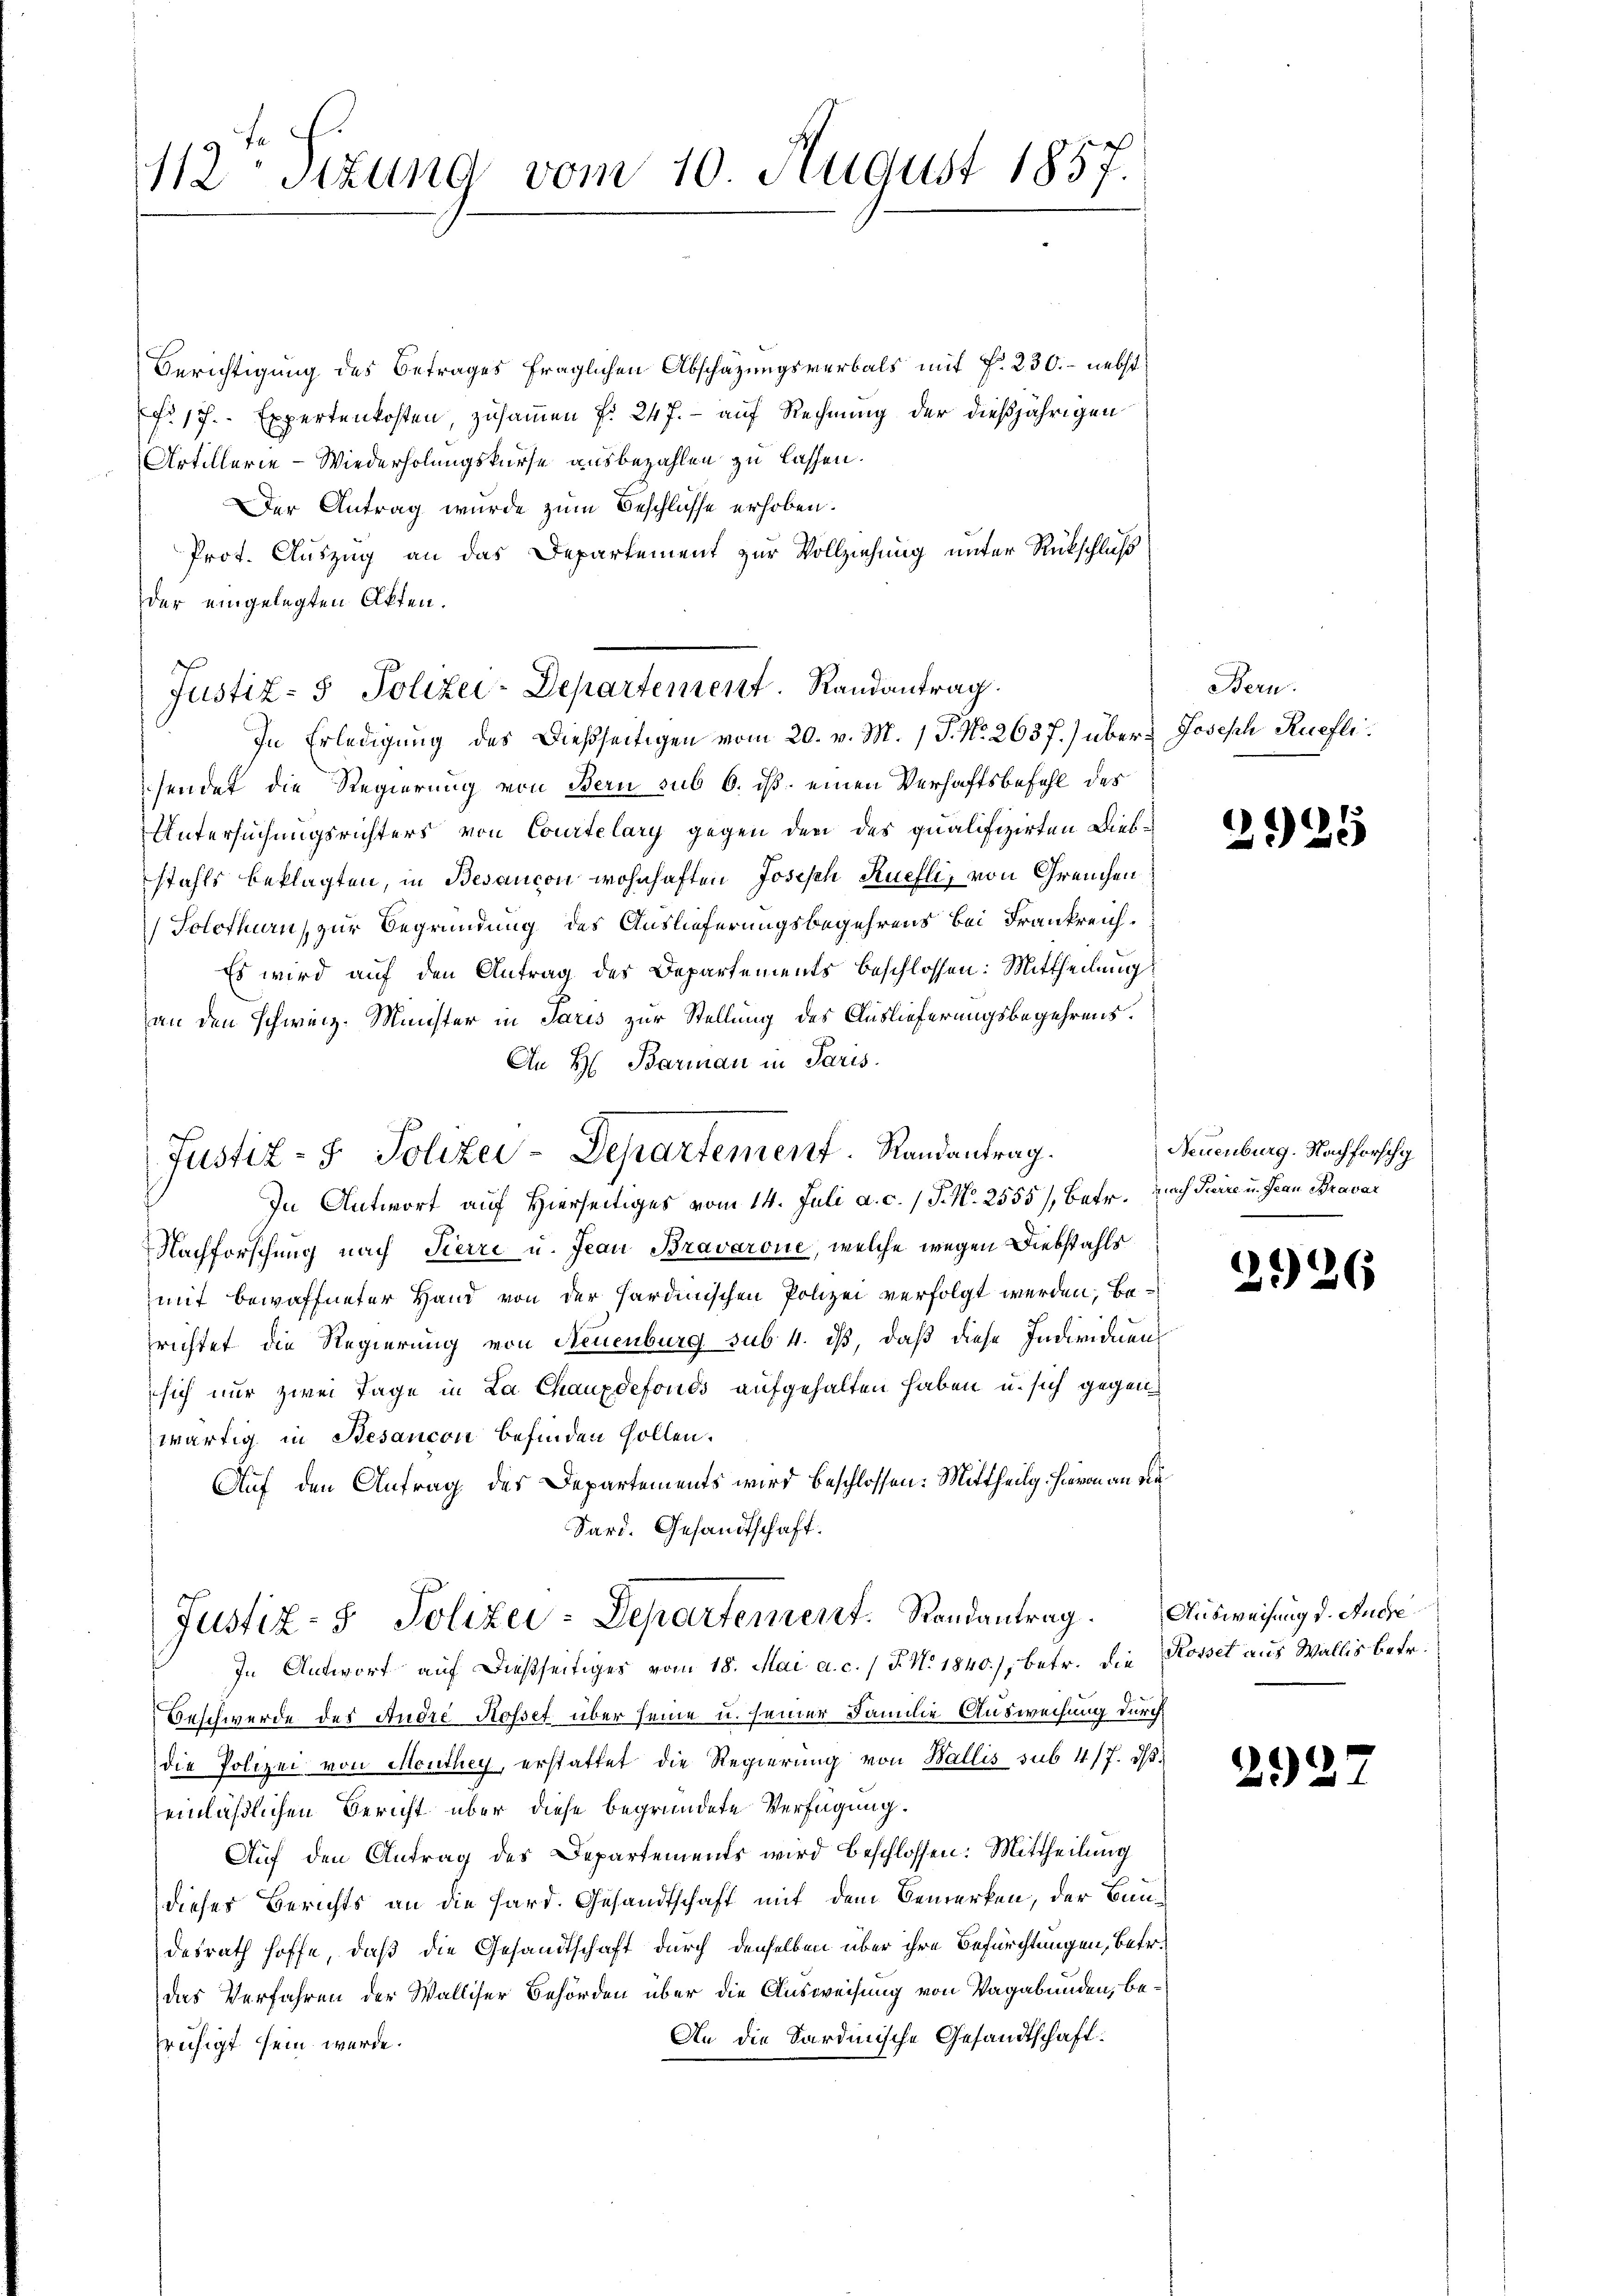
112 Stzung vom 10. August 1857.

Berichtigung des Betrages fraglichen Abschazungsverbals mit f. 230. - nebst
o 17. Expertenkosten, zusammen f. 247. - auf Rechnung der dießjährigen
Artillerie-Wiederholungskurse ausbezahlen zu lassen.
Der Antrag wurde zum Beschlüsse erhoben.
Prot. Auszug an das Departement zur Vollziehung unter Rückschluß
der eingelegten Akten.
sendet die Regierung von Bern sub 6. ist einen Verhaftsbefehl des
Untersuchungsrichters von Courtelary gegen den des qualifizirten Diebstahls beklagten, in Besaucon wohnhaften Joseph Ruefli, von Greuchen
Solothurn, zur Begründung des Auslieferungsbegehrens bei Frankreich¬
Es wird auf den Antrag des Departements beschlossen: Mittheilung
an den schweiz. Minister in Paris zur Stellung des Auslieferungsbegehrens.
An H: Barman in Paris.
Justiz- & Polizei-Departement. Randantrag.
In Antwort auf Hierseitiges vom 14. Juli a. c. 1 S. N. 2555/, Betr. Nach Suire u. Jean Bravar
Nachforschung nach Tierre u. Jean Bravarone, welche wegen Diebstahls
mit bewaffneter Hand von der Hardinischen Polizei verfolgt werden, berichtet die Regierung von Neuenburg sub. 4. iß, daß diese Individuen
sich nur zwei Tage in La Chauxdefonds aufgehalten haben u. sich gegenwärtig in Besancon befinden sollen.
Auf den Antrag des Departements wird beschlossen: Mittheilg. Hievon an die
Sard. Gesandtschaft.

Justiz- & Polizei-Departement. Randantrag.
In Erledigung des Dießseitigen vom 20. v. M. 1 P. Nr. 2637.) über Joseph Ruefli¬

In Antwort auf dießseitiges vom 18. Mai a. c. / J. No. 1840.), betr. die Rosset aus Wallis betr.
Beschwerde des Andre Rosset über seine u. seiner Familie Ausweisung durch
die Polizei von Monthey, erstattet die Regierung von Wallis sub 4/7. d.
einläßlichen Bericht über diese begründete Verfügung.
Auf den Antrag des Departements wird beschlossen: Mittheilung
dieses Berichts an die Hard. Gesandtschaft mit dem Bemerken, der Bundesrath hoffe, daß die Gesandtschaft durch denselben über ihre Befürchtungen, betr.
das Verfahren der Walliser Behörden über die Ausweisung von Vagabunden, be¬
An die Sardinische Gesandtschaft.
fruhigt sein würde.

Justiz- & Polizei-Departement. Randantrag. Ausweisung d. Ruche

Bern.

2925

Neuenburg. Nachforschg

226

)
2